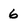
Character: 6